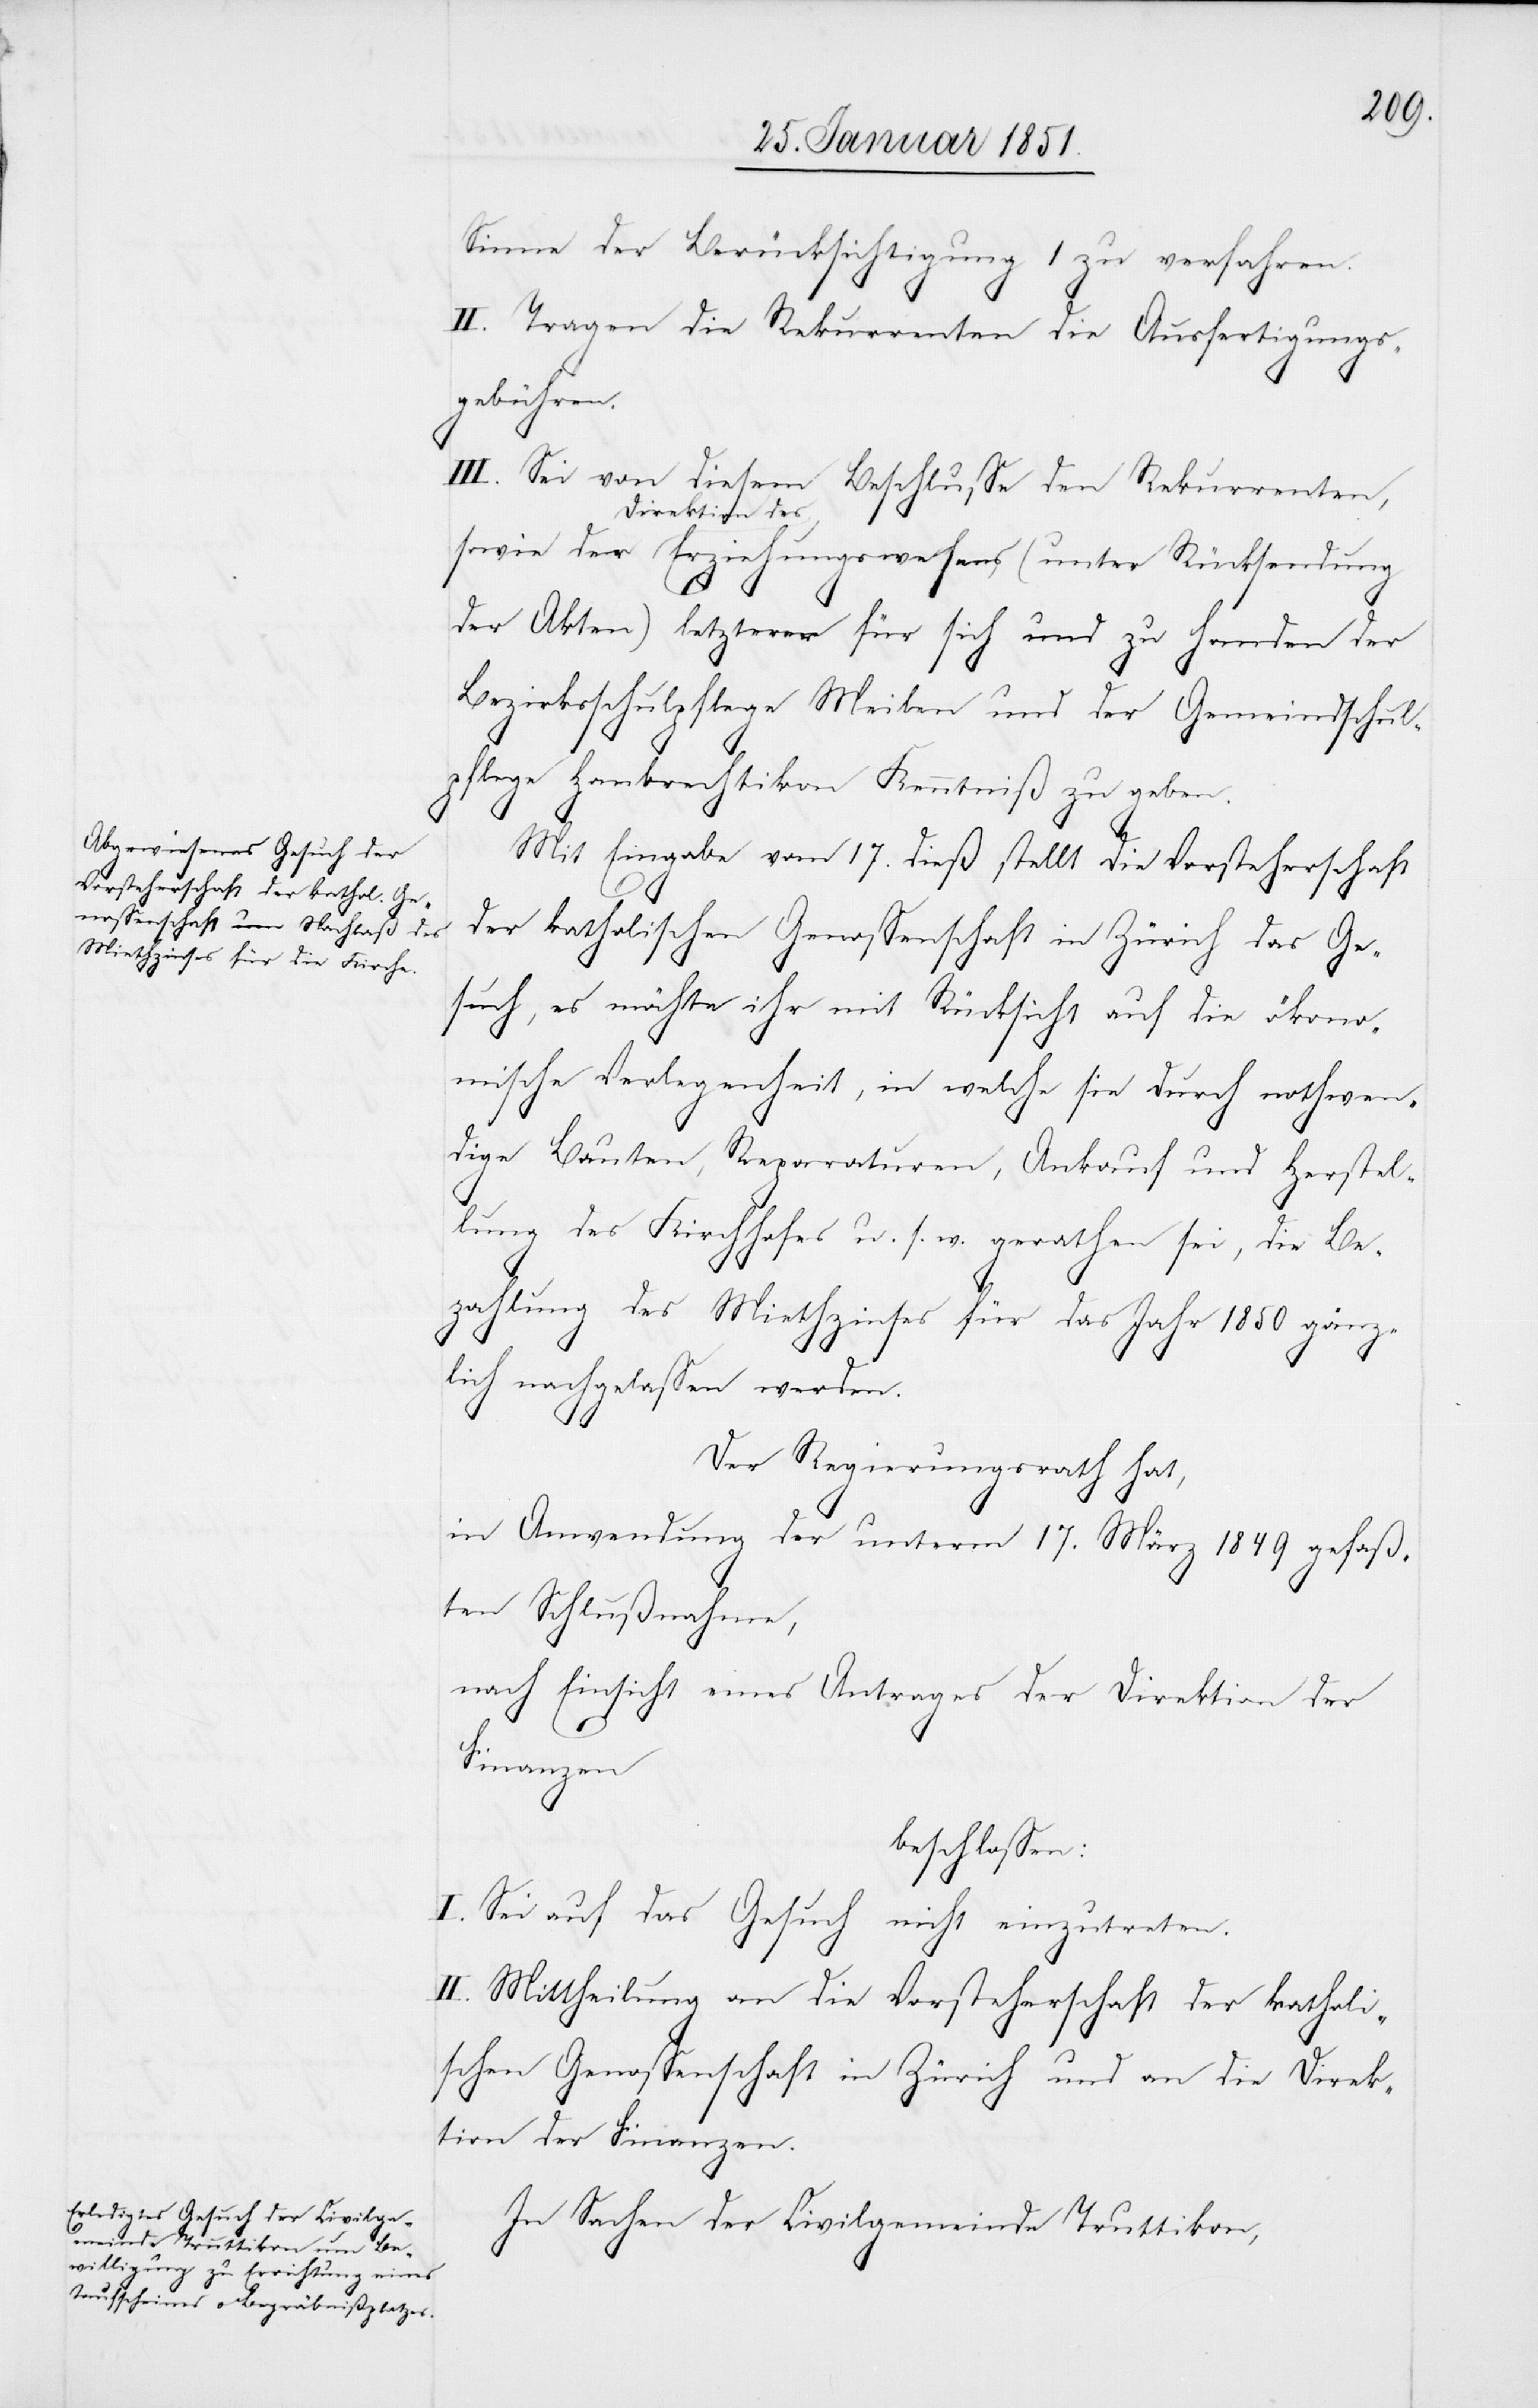
Sinne der Berücksichtigung 1 zu verfahren.
II. Tragen die Rekurrenten die Ausfertigungs¬
gebühren.
III. Sei von diesem Beschlusse den Rekurrenten,
Direktion des
der Akten) letzterer für sich und zu Handen der
Bezirksschulpflege Meilen und der Gemeindschul¬
pflege Hombrechtikon Kenntniß zu geben.
Mit Eingabe vom 17. dieß stellt die Vorsteherschaft
der katholischen Genossenschaft in Zürich das Ge¬
such, es möchte ihr mit Rücksicht auf die ökono¬
mische Verlegenheit, in welche sie durch nothwen¬
dige Bauten, Reparaturen, Ankauf und Herstel¬
lung des Kirchhofes u. s. w. gerathen sei, die Be¬
zahlung des Miethzinses für das Jahr 1850 gänz¬
lich nachgelassen werden.
Der Regierungsrath hat,
in Anwendung der unterm 17. März 1849 gefaß¬
ten Schlußnahme,
nach Einsicht eines Antrages der Direktion der
Finanzen
beschlossen:
I. Sei auf das Gesuch nicht einzutreten.
II. Mittheilung an die Vorsteherschaft der katholi¬
schen Genossenschaft in Zürich und an die Direk¬
tion der Finanzen.
In Sachen der Civilgemeinde Truttikon,